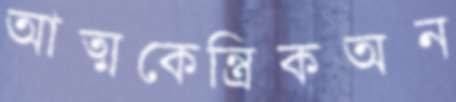
আত্মকেন্ত্রিকঅন